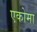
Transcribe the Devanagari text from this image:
एकोमा